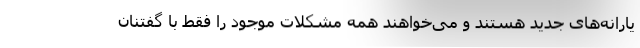
یارانه‌های جدید هستند و می‌خواهند همه مشکلات موجود را فقط با گفتنانِ